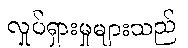
လှုပ်ရှားမှုများသည်